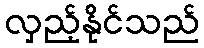
လှည့်နိုင်သည်